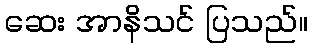
ဆေး အာနိသင် ပြသည်။